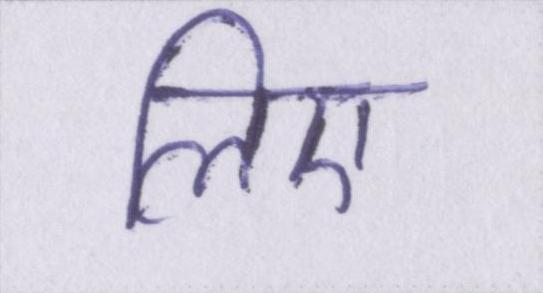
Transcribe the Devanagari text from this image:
लिए